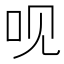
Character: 𠯟